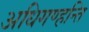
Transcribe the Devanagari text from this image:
अधिगण्हन्ति